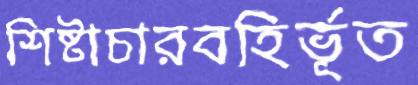
শিষ্টাচারবহির্ভূত